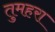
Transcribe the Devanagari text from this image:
तुमहरा